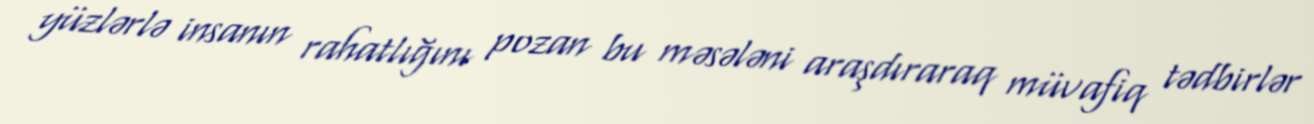
yüzlərlə insanın rahatlığını pozan bu məsələni araşdıraraq müvafiq tədbirlər